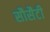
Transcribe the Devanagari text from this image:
सौसैटी